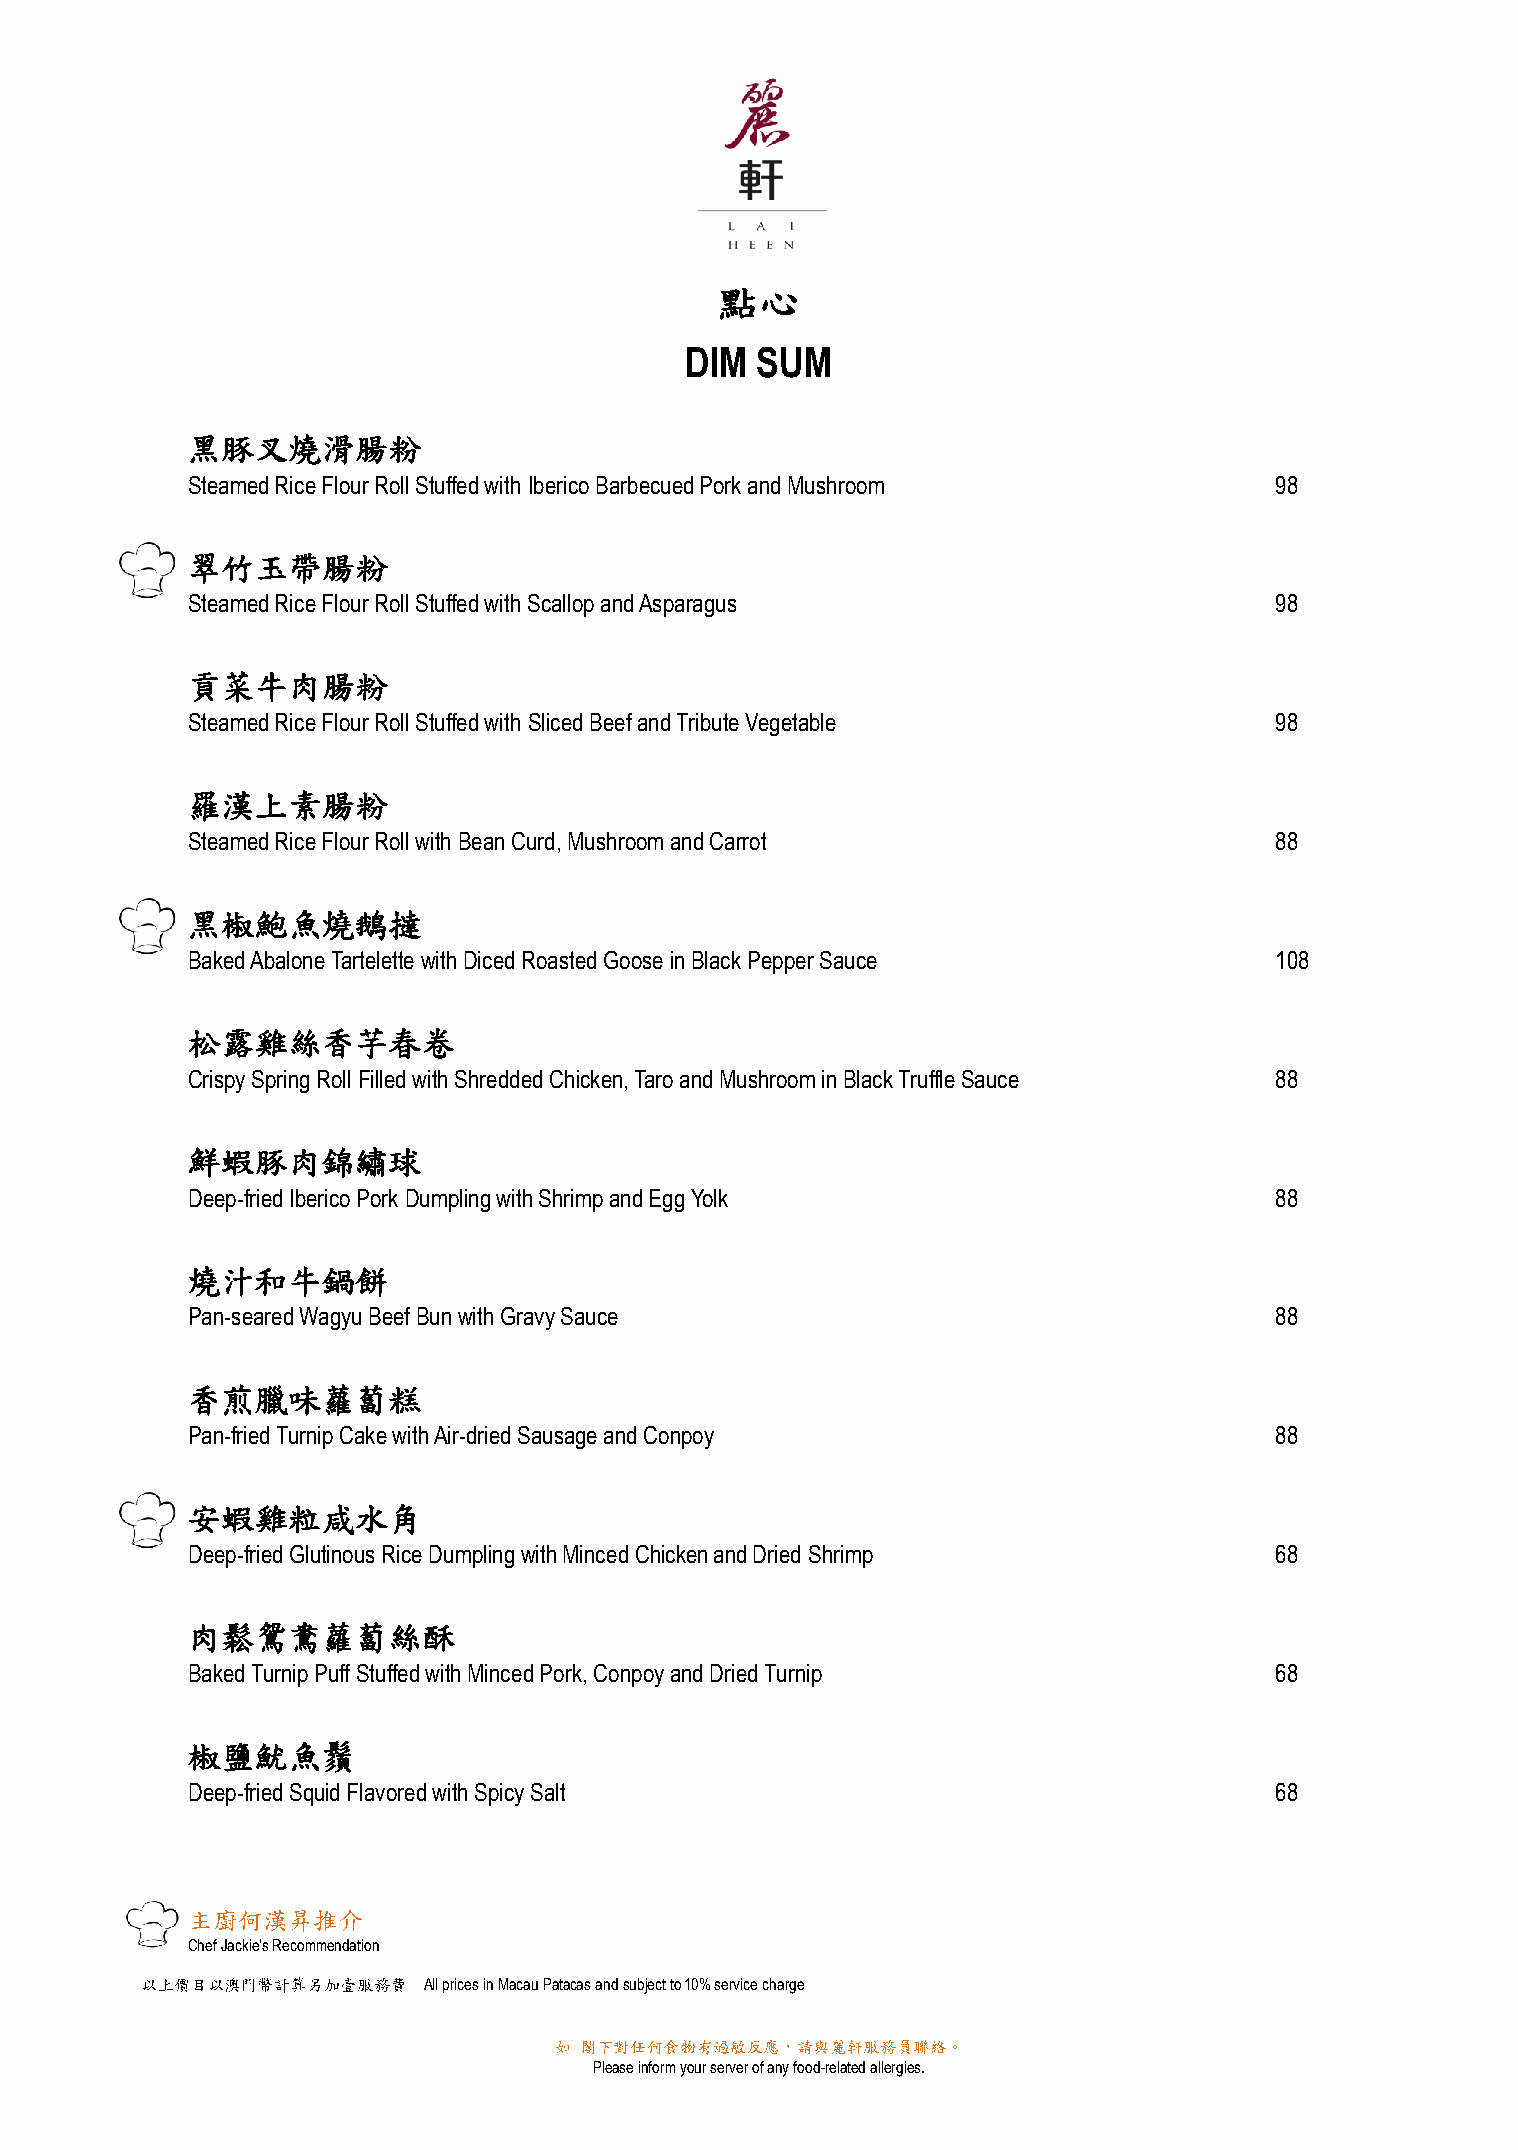
點心
 DIM  SUM
 黑豚叉燒滑腸粉
 Steamed Rice Flour Roll Stuffed with Iberico Barbecued Pork and Mushroom 98
 翠竹玉帶腸粉
 Steamed Rice Flour Roll Stuffed with Scallop and Asparagus              98
 貢菜牛肉腸粉
 Steamed Rice Flour Roll Stuffed with Sliced Beef and Tribute Vegetable  98
 羅漢上素腸粉
 Steamed Rice Flour Roll with Bean Curd, Mushroom and Carrot             88
 黑椒鮑魚燒鵝撻
 Baked Abalone Tartelette with Diced Roasted Goose in Black Pepper Sauce 108
 松露雞絲香芋春卷
 Crispy Spring Roll Filled with Shredded Chicken, Taro and Mushroom in Black Truffle Sauce 88
 鮮蝦豚肉錦繡球
 Deep-fried Iberico Pork Dumpling with Shrimp and Egg Yolk               88
 燒汁和牛鍋餅
 Pan-seared Wagyu Beef Bun with Gravy Sauce                              88
 香煎臘味蘿蔔糕
 Pan-fried Turnip Cake with Air-dried Sausage and Conpoy                 88
 安蝦雞粒咸水角
 Deep-fried Glutinous Rice Dumpling with Minced Chicken and Dried Shrimp 68
 肉鬆鴛鴦蘿蔔絲酥
 Baked Turnip Puff Stuffed with Minced Pork, Conpoy and Dried Turnip     68
 椒鹽魷魚鬚
 Deep-fried Squid Flavored with Spicy Salt                               68
 主廚何漢昇推介
 Chef Jackie’s Recommendation
 以上價目以澳門幣計算另加壹服務費   All prices in Macau Patacas and subject to 10% service charge
 如 閣下對任何食物有過敏反應，請與麗軒服務員聯絡。
 Please inform your server of any food-related allergies.